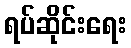
ရပ်ဆိုင်းရေး